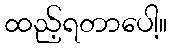
ထည့်ရတာပေါ့။